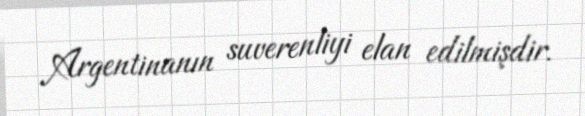
Argentinanın suverenliyi elan edilmişdir.